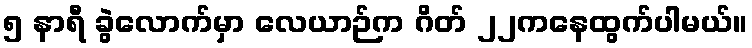
၅ နာရီ ခွဲလောက်မှာ လေယာဉ်က ဂိတ် ၂၂ကနေထွက်ပါမယ်။